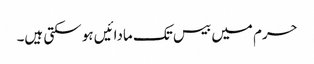
حرم میں بیس تک مادائیں ہو سکتی ہیں۔